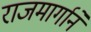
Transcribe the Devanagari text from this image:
राजमार्गानें